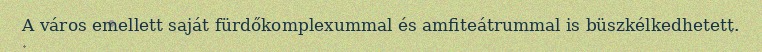
A város emellett saját fürdőkomplexummal és amfiteátrummal is büszkélkedhetett.